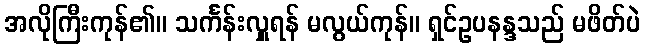
အလိုကြီးကုန်၏။ သင်္ကန်းလှူရန် မလွယ်ကုန်။ ရှင်ဥပနန္ဒသည် မဖိတ်ပဲ